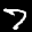
Label: 7